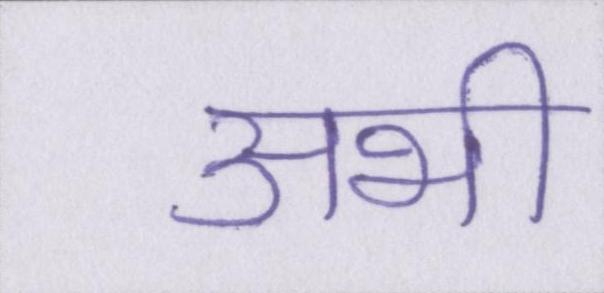
अभी